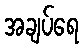
အချပ်ရေ